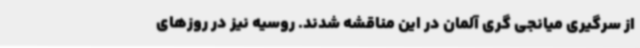
از سرگیری میانجی گری آلمان در این مناقشه شدند. روسیه نیز در روزهای